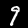
Digit: 9